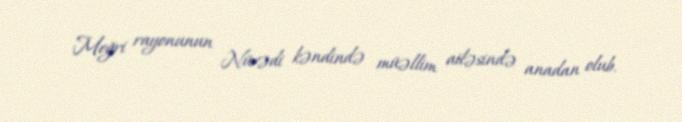
Meğri rayonunun Nüvədi kəndində müəllim ailəsində anadan olub.